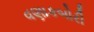
વણાકબોરી